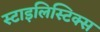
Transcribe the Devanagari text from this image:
स्टाइलिस्टिक्स